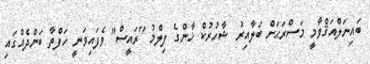
ބައިނަލްއަޤްވާމީ މަސްރަޙަށް ބަލާއިރު ޝާހުރުކް ޚާންގެ ފިލްމު "ރައީސް" ވެފައިވަނީ ހަފްތާ ބަންދެއްގައި